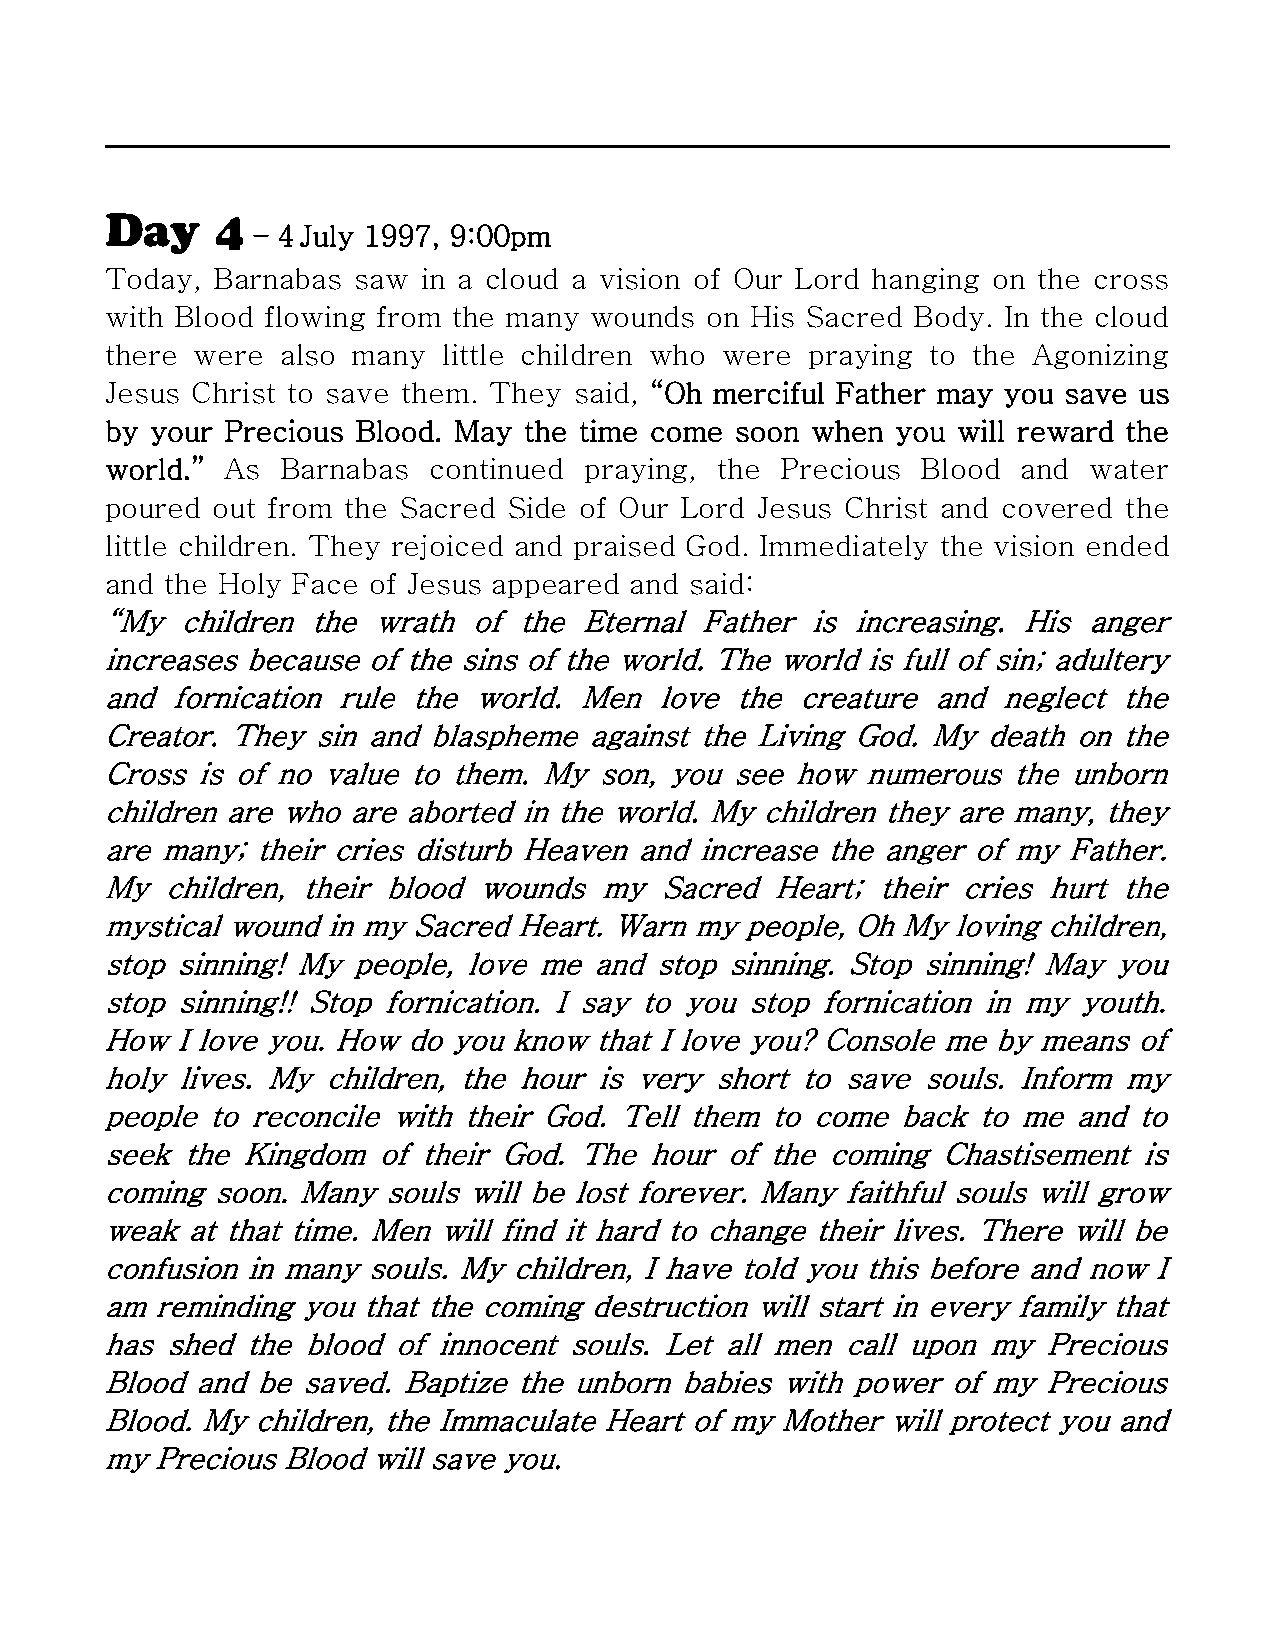
Day    4
 – 4 July 1997, 9:00pm
 Today, Barnabas  saw in a cloud a vision of Our Lord hanging on the cross
 with Blood flowing from the many wounds on His Sacred Body. In the cloud
 there were  also many little children who were praying to the Agonizing
 Jesus Christ to save them. They said, “Oh merciful Father may you save us
 by your Precious Blood. May the time come soon when you will reward the
 world.” As  Barnabas continued  praying, the Precious Blood  and water
 poured out from the Sacred Side of Our Lord Jesus Christ and covered the
 little children. They rejoiced and praised God. Immediately the vision ended
 and the Holy Face of Jesus appeared and said:
 “My  children the wrath of the  Eternal Father is increasing. His anger
 increases because of the sins of the world. The world is full of sin; adultery
 and fornication rule the world. Men  love the creature and neglect the
 Creator. They sin and blaspheme against the Living God. My death on the
 Cross is of no value to them. My son, you see how numerous  the unborn
 children are who are aborted in the world. My children they are many, they
 are many; their cries disturb Heaven and increase the anger of my Father.
 My  children, their blood wounds my  Sacred Heart; their cries hurt the
 mystical wound in my Sacred Heart. Warn my people, Oh My loving children,
 stop sinning! My people, love me and stop sinning. Stop sinning! May you
 stop sinning!! Stop fornication. I say to you stop fornication in my youth.
 How  I love you. How do you know that I love you? Console me by means of
 holy lives. My children, the hour is very short to save souls. Inform my
 people to reconcile with their God. Tell them to come back to me and to
 seek the Kingdom  of their God. The hour of the coming Chastisement  is
 coming soon. Many souls will be lost forever. Many faithful souls will grow
 weak at that time. Men will find it hard to change their lives. There will be
 confusion in many souls. My children, I have told you this before and now I
 am reminding you that the coming destruction will start in every family that
 has shed the blood of innocent souls. Let all men call upon my Precious
 Blood and be saved. Baptize the unborn babies with power of my Precious
 Blood. My children, the Immaculate Heart of my Mother will protect you and
 my Precious Blood will save you.